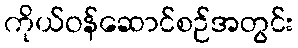
ကိုယ်ဝန်ဆောင်စဉ်အတွင်း